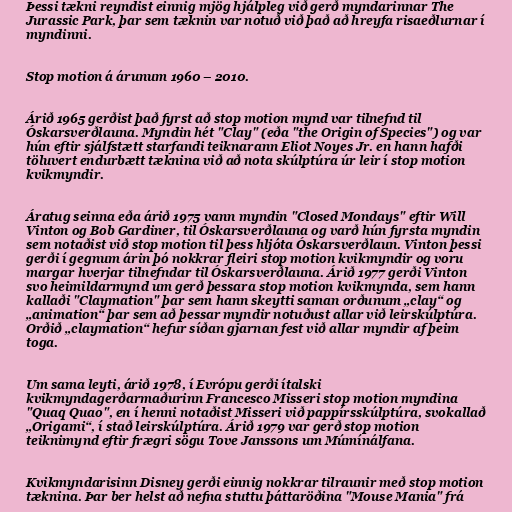
Þessi tækni reyndist einnig mjög hjálpleg við gerð myndarinnar The
Jurassic Park, þar sem tæknin var notuð við það að hreyfa risaeðlurnar í
myndinni.

Stop motion á árunum 1960 – 2010.

Árið 1965 gerðist það fyrst að stop motion mynd var tilnefnd til
Óskarsverðlauna. Myndin hét "Clay" (eða "the Origin of Species") og var
hún eftir sjálfstætt starfandi teiknarann Eliot Noyes Jr. en hann hafði
töluvert endurbætt tæknina við að nota skúlptúra úr leir í stop motion
kvikmyndir.

Áratug seinna eða árið 1975 vann myndin "Closed Mondays" eftir Will
Vinton og Bob Gardiner, til Óskarsverðlauna og varð hún fyrsta myndin
sem notaðist við stop motion til þess hljóta Óskarsverðlaun. Vinton þessi
gerði í gegnum árin þó nokkrar fleiri stop motion kvikmyndir og voru
margar hverjar tilnefndar til Óskarsverðlauna. Árið 1977 gerði Vinton
svo heimildarmynd um gerð þessara stop motion kvikmynda, sem hann
kallaði "Claymation" þar sem hann skeytti saman orðunum „clay“ og
„animation“ þar sem að þessar myndir notuðust allar við leirskúlptúra.
Orðið „claymation“ hefur síðan gjarnan fest við allar myndir af þeim
toga.

Um sama leyti, árið 1978, í Evrópu gerði ítalski
kvikmyndagerðarmaðurinn Francesco Misseri stop motion myndina
"Quaq Quao", en í henni notaðist Misseri við pappírsskúlptúra, svokallað
„Origami“, í stað leirskúlptúra. Árið 1979 var gerð stop motion
teiknimynd eftir frægri sögu Tove Janssons um Múmínálfana.

Kvikmyndarisinn Disney gerði einnig nokkrar tilraunir með stop motion
tæknina. Þar ber helst að nefna stuttu þáttaröðina "Mouse Mania" frá